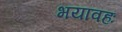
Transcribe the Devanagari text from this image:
भयावहः